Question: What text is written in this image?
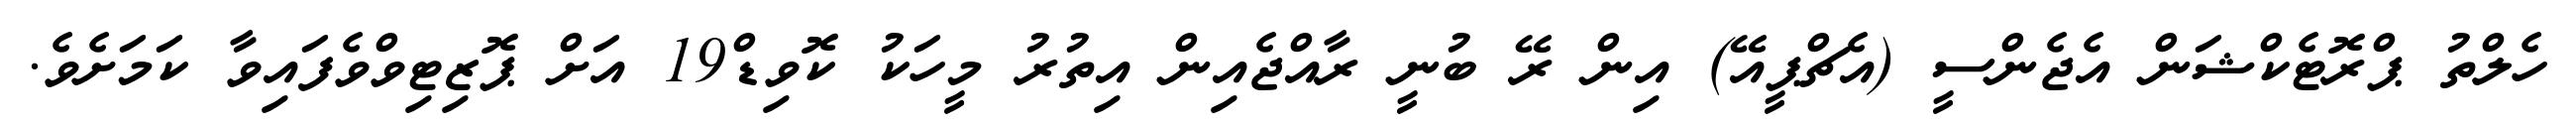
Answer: ހެލްތު ޕްރޮޓެކްޝަން އެޖެންސީ (އެޗްޕީއޭ) އިން ރޭ ބުނީ ރާއްޖެއިން އިތުރު މީހަކު ކޮވިޑް19 އަށް ޕޮޒިޓިވްވެފައިވާ ކަމަށެވެ.